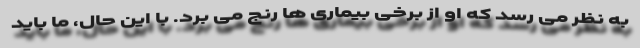
به نظر می رسد که او از برخی بیماری ها رنج می برد. با این حال، ما باید